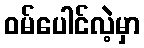
ဝမ်ပေါင်လဲ့မှာ